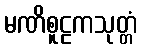
မဏိစူဠကသုတ္တံ